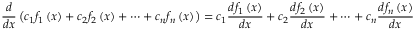
{ \frac { d } { d x } } \left( { { c } _ { 1 } } { { f } _ { 1 } } \left( x \right) + { { c } _ { 2 } } { { f } _ { 2 } } \left( x \right) + \cdots + { { c } _ { n } } { { f } _ { n } } \left( x \right) \right) = { { c } _ { 1 } } { \frac { d { { f } _ { 1 } } \left( x \right) } { d x } } + { { c } _ { 2 } } { \frac { d { { f } _ { 2 } } \left( x \right) } { d x } } + \cdots + { { c } _ { n } } { \frac { d { { f } _ { n } } \left( x \right) } { d x } }